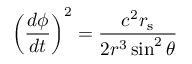
\left( { \frac { d \phi } { d t } } \right) ^ { 2 } = { \frac { c ^ { 2 } r _ { \mathrm { { s } } } } { 2 r ^ { 3 } \sin ^ { 2 } \theta } }